Leaving Certificate Examination, 1921
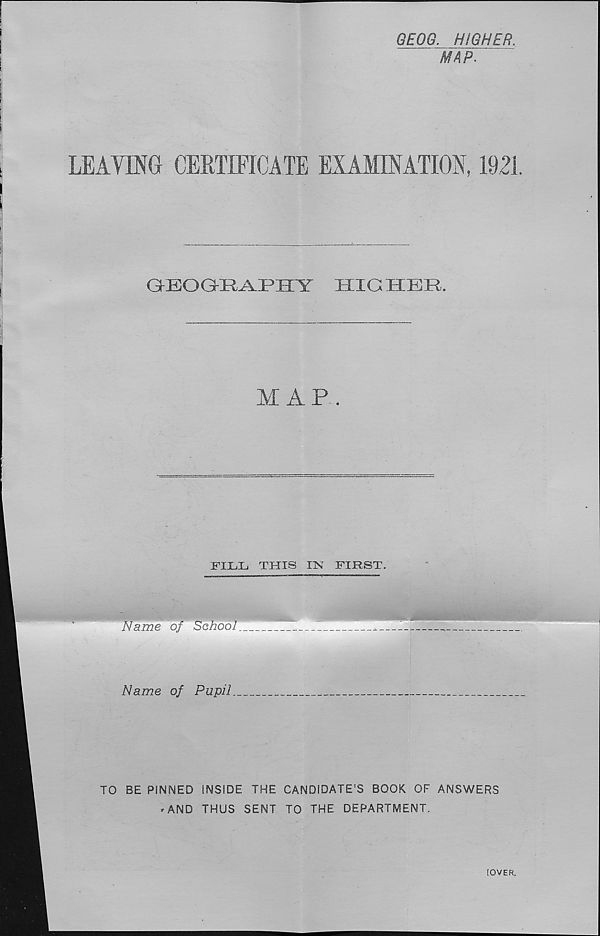
GEOG. HIGHER.
MAP.
LEAVING CERTIFICATE EXAMINATION, 1921
Q-EO G-R A-PHY
HIG HER,
M A P
FILL THIS IK FIRST.
Name of Pupil.
TO BE PiNNED INSIDE THE CANDIDATE’S BOOK OF ANSWERS
* AND THUS SENT TO THE DEPARTMENT,
[OVER,